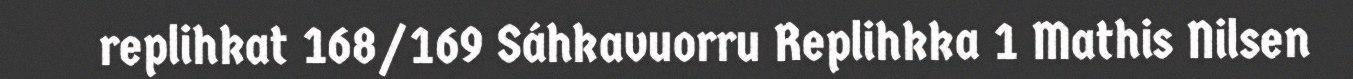
replihkat 168/169 Sáhkavuorru Replihkka 1 Mathis Nilsen